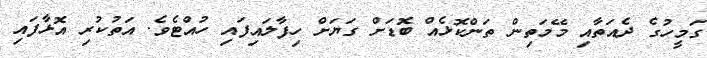
ގަމީހުގެ ދެއަތާއި މޭމަތިން ތަންކޮޅެއް ބޮޑަށް ގަޔަށް ހިފާލައިފައި ހުއްޓެވެ. އަތުކުރި އޮޅާފައި